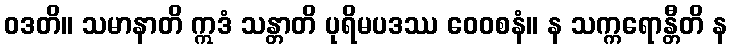
ဝဒတိ။ သမာနာတိ ဣဒံ သန္တာတိ ပုရိမပဒဿ ဝေဝစနံ။ န သက္ကရောန္တီတိ န